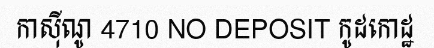
កាស៊ីណូ 4710 NO DEPOSIT កូដកោដ្ឋ